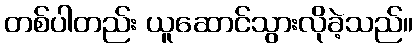
တစ်ပါတည်း ယူဆောင်သွားလိုခဲ့သည်။